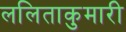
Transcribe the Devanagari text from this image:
ललिताकुमारी